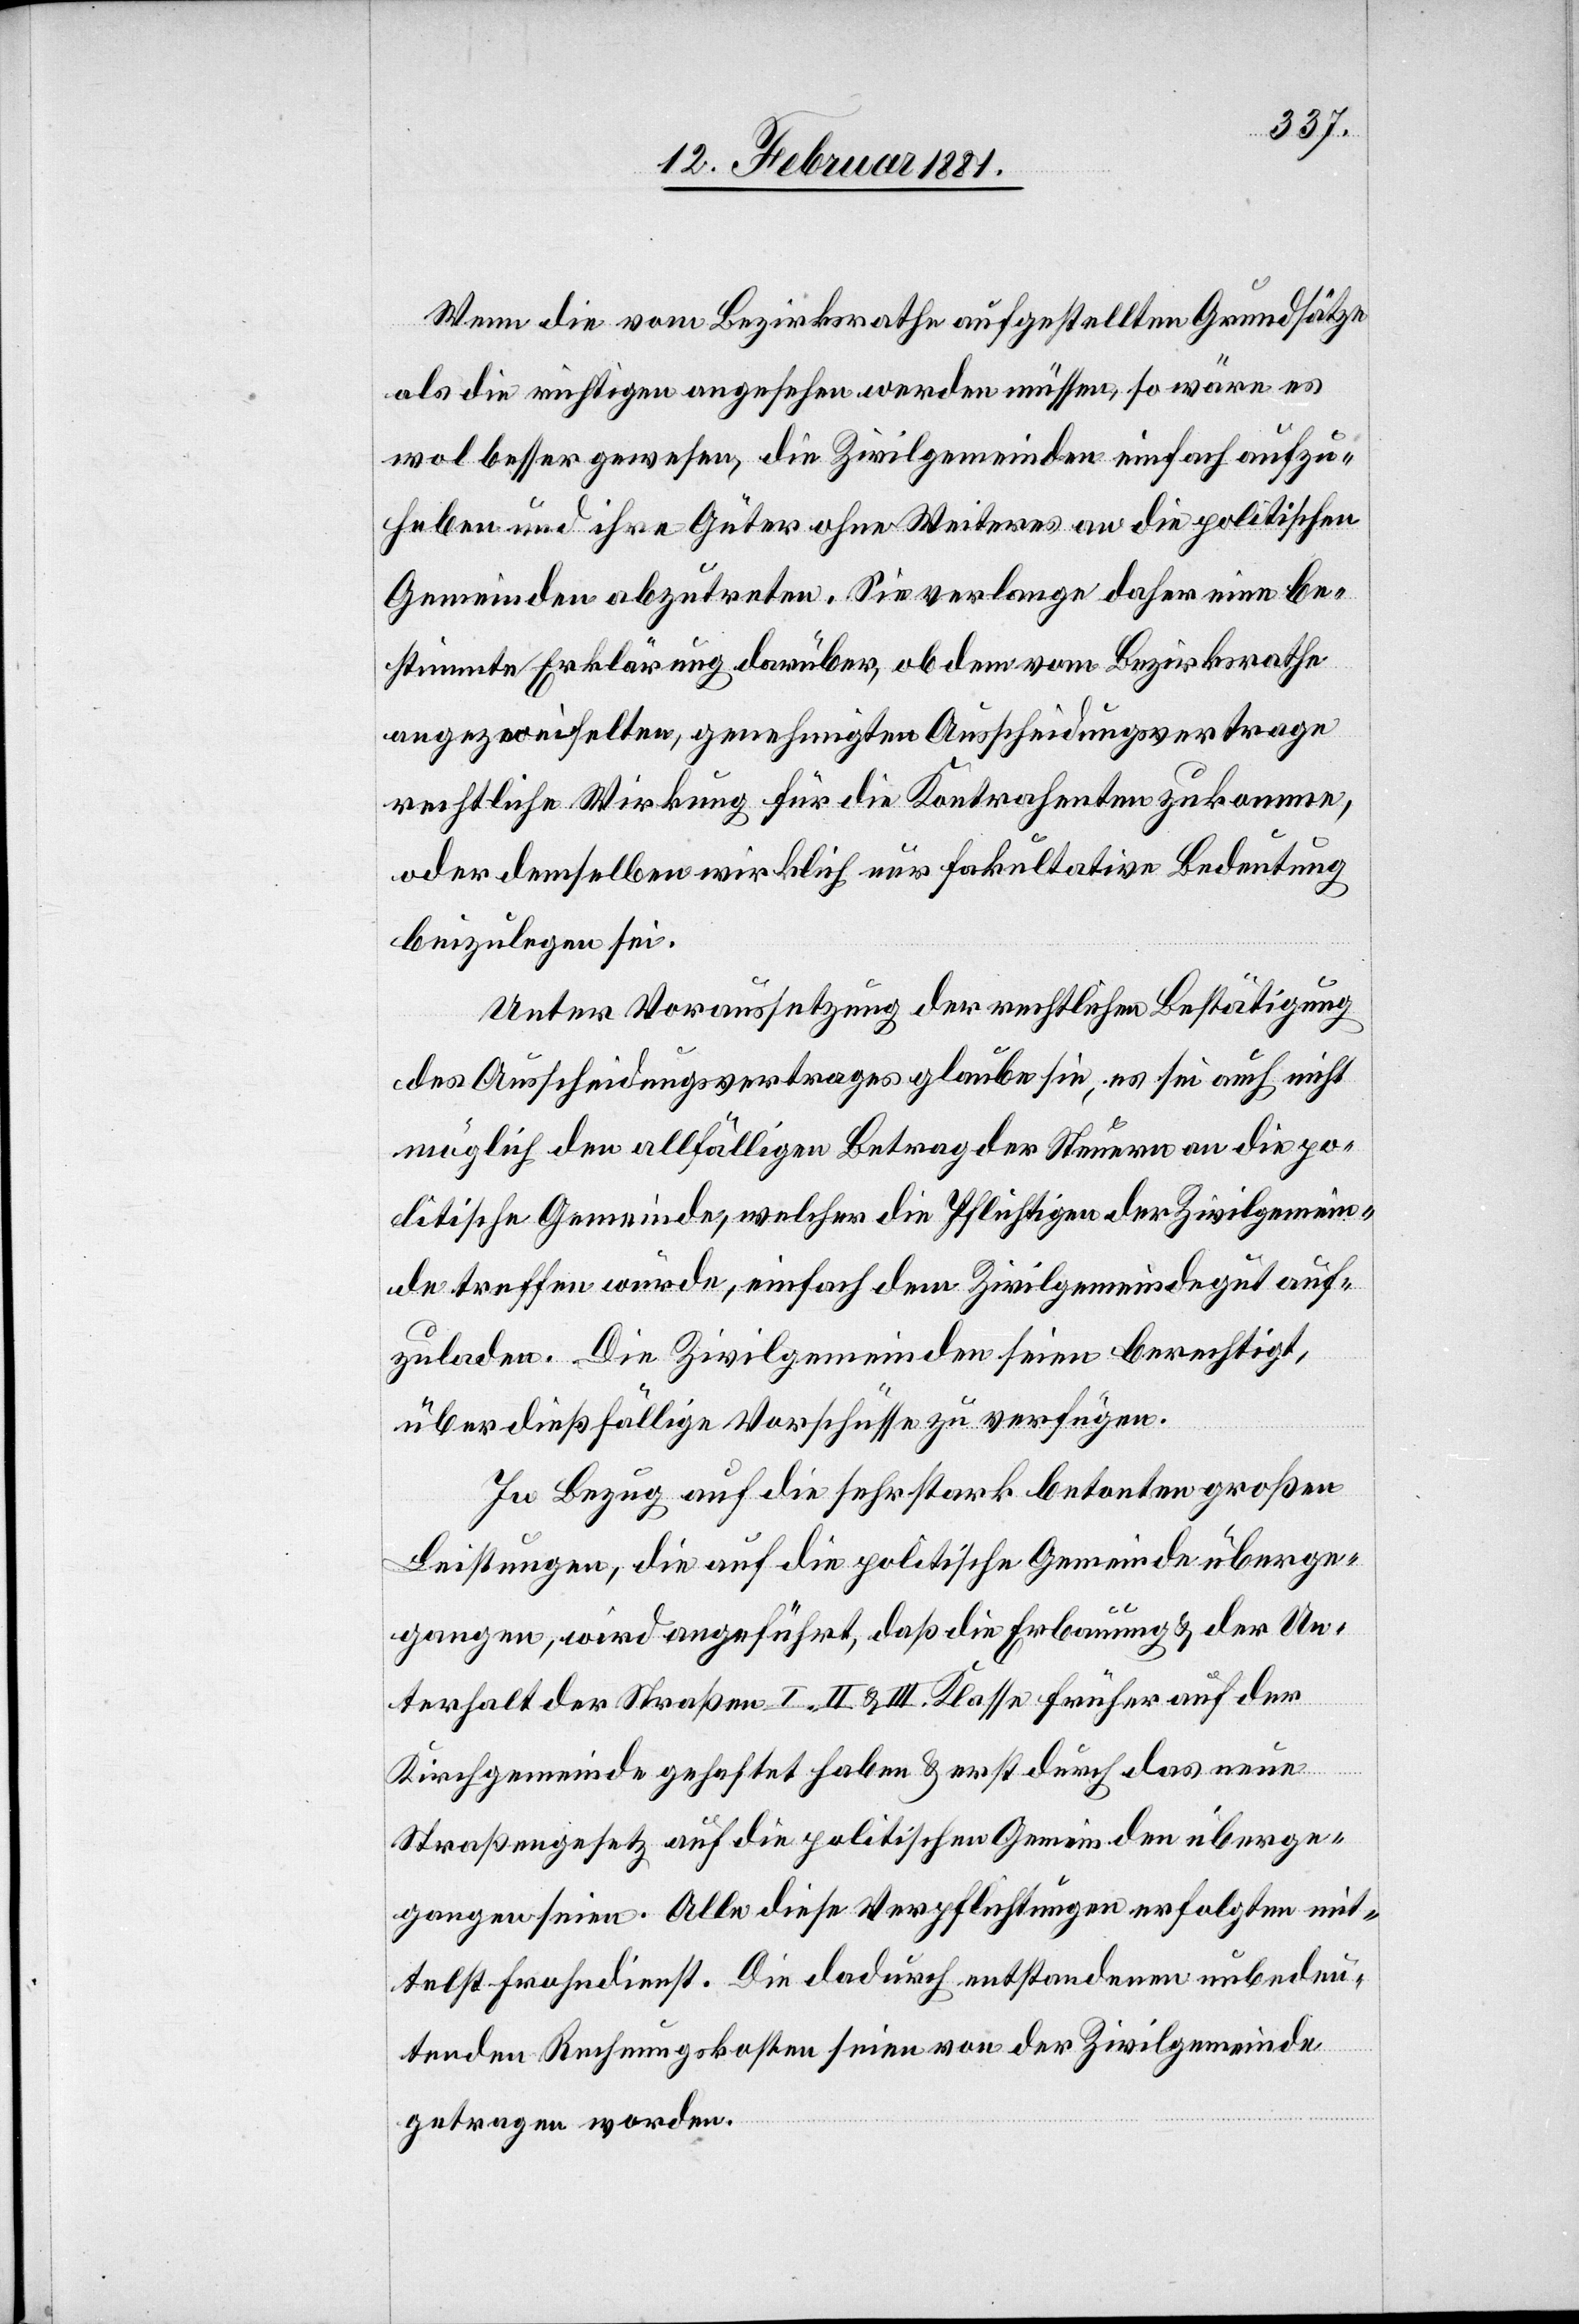
Wenn die vom Bezirksrathe aufgestellten Grundsätze
als die richtigen angesehen werden müssen, so wäre es
wol besser gewesen, die Zivilgemeinden einfach aufzu¬
heben und ihre Güter ohne Weiteres an die politischen
Gemeinden abzutreten. Sie verlange daher eine be¬
stimmte Erklärung darüber, ob dem vom Bezirksrathe
angezweifelten, genehmigten Ausscheidungsvertrage
rechtliche Wirkung für die Kontrahenten zukomme,
oder demselben wirklich nur fakultative Bedeutung
beizulegen sei.
Unter Voraussetzung der rechtlichen Bestätigung
des Ausscheidungsvertrages glaube sie, es sei auch nicht
möglich den allfälligen Betrag der Steuern an die po¬
litische Gemeinde, welcher die Pflichtigen der Zivilgemein¬
de treffen würde, einfach dem Zivilgemeindegut auf¬
zuladen. Die Zivilgemeinden seien berechtigt,
über dießfällige Vorschüsse zu verfügen.
In Bezug auf die sehr stark betonten großen
Leistungen, die auf die politischen Gemeinde überge¬
gangen, wird angeführt, daß die Erbauung & der Un¬
terhalt der Straßen I., II. & III. Klasse früher auf der
Kirchgemeinde gehaftet haben & erst durch das neue
Straßengesetz auf die politischen Gemeinden überge¬
gangen seien. Alle diese Verpflichtungen erfolgten mit¬
telst Frohndienst. Die dadurch entstandenen unbedeu¬
tenden Rechnungskosten seien von der Zivilgemeinde
getragen worden.